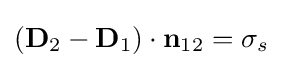
(\mathbf {D} _{2}-\mathbf {D} _{1})\cdot \mathbf {n} _{12}=\sigma _{s}